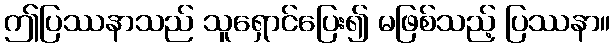
ဤပြဿနာသည် သူရှောင်ပြေး၍ မဖြစ်သည့် ပြဿနာ။